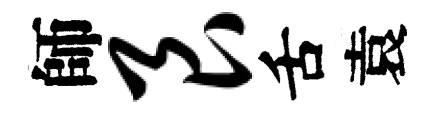
師艮舌袁